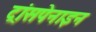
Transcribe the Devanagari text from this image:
ट्रांसपेनाइन